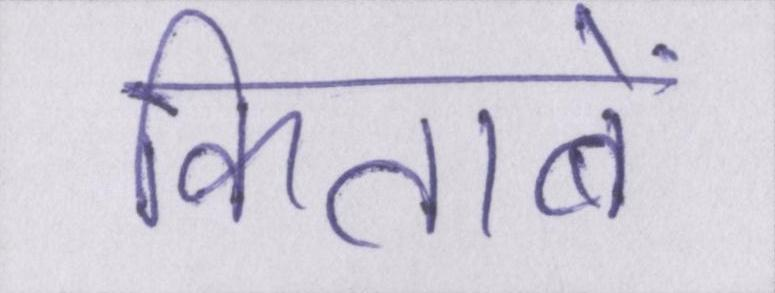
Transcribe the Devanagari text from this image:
किताबें